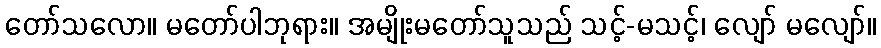
တော်သလော။ မတော်ပါဘုရား။ အမျိုးမတော်သူသည် သင့်-မသင့်၊ လျော် မလျော်။